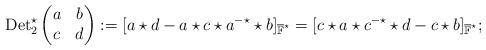
LaTeX: \begin{align*}{\rm Det}^{\star}_2\begin{pmatrix}a&b\\c&d\\\end{pmatrix}:=[a\star d-a\star c\star a^{-\star}\star b]_ {\overline{\mathbb{F}}^{\star}}=[ c\star a\star c^{-\star}\star d -c\star b]_ {\overline{\mathbb{F}}^{\star}};\end{align*}